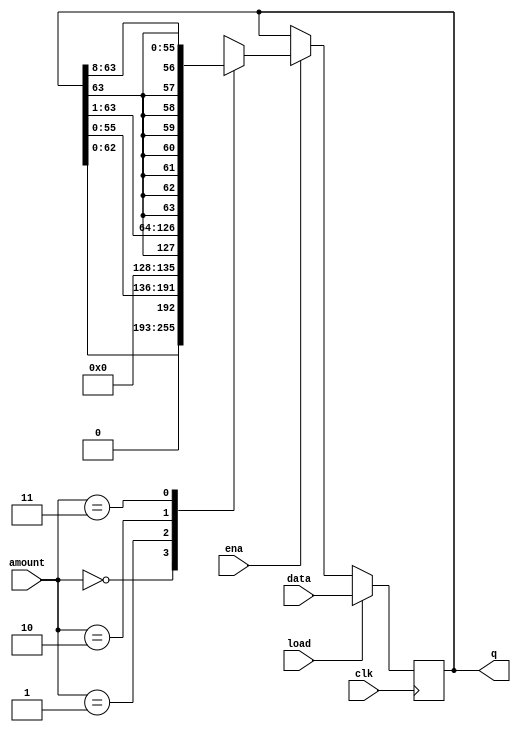
module top_module(
    input clk,
    input load,
    input ena,
    input [1:0] amount,
    input [63:0] data,
    output reg [63:0] q
); 

// : left-shift   
//  right-shift MSB     

always @(posedge clk) begin
  if(load) begin
    q <= data;
  end else if(ena) begin
    case(amount)
      2'b00: q <= {q[62:0], 1'b0};
      2'b01: q <= {q[55:0], 8'b0};
      2'b10: q <= {q[63], q[63:1]};
      2'b11: q <= {{8{q[63]}}, q[63:8]};
    endcase
  end
end

endmodule